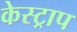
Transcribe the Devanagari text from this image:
केस्ट्राप